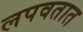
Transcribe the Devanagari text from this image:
लपवतात